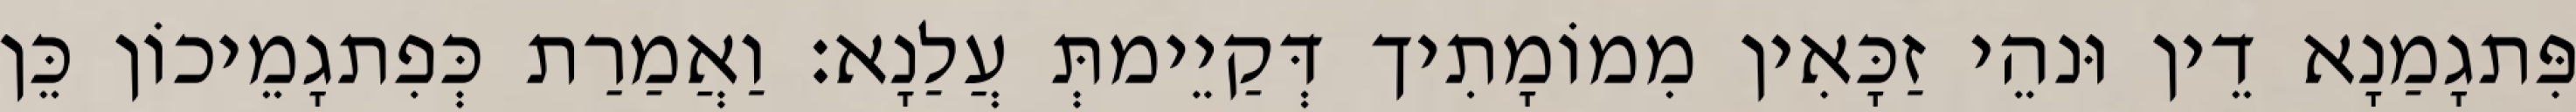
פִּתגָמַנָא דֵין וּנהֵי זַכָּאִין מִמוֹמָתִיך דְּקַיֵימתְּ עֲלַנָא׃ וַאֲמַרַת כְּפִתגָמֵיכוֹן כֵּן